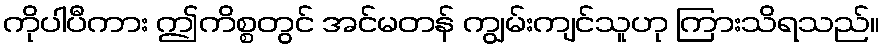
ကိုပါပီကား ဤကိစ္စတွင် အင်မတန် ကျွမ်းကျင်သူဟု ကြားသိရသည်။